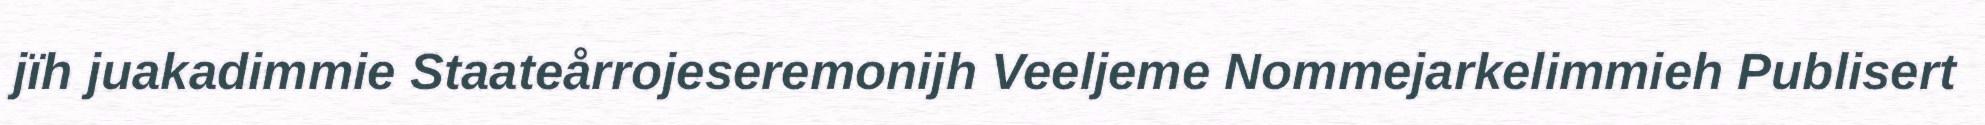
jïh juakadimmie Staateårrojeseremonijh Veeljeme Nommejarkelimmieh Publisert